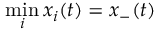
\operatorname* { m i n } _ { i } x _ { i } ( t ) = x _ { - } ( t )